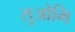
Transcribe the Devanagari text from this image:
सुओमि